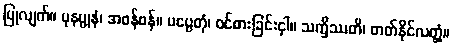
ပြုလျက်။ ပုနပ္ပုနံ၊ အဖန်ဖန်။ ပပ္ပေတုံ၊ ဝင်စားခြင်းငှါ။ သက္ခိဿတိ၊ တတ်နိုင်လတ္တံ့။